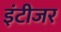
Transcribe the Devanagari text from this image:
इंटीजर